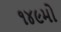
૧૪૯મો